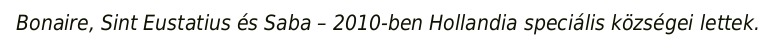
Bonaire, Sint Eustatius és Saba – 2010-ben Hollandia speciális községei lettek.